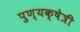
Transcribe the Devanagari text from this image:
पुण्यक्षेत्री